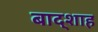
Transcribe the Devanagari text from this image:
बाद्शाह